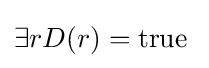
\exists rD(r)=\mathrm {true} \;